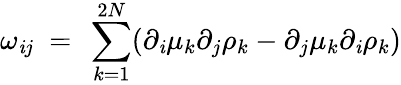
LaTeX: \omega_{\mathit{i}j}\ =\ \sum_{k=1}^{2N}(\partial_{\mathit{i}}\mu_{k}\partial_{j}\rho_{k}-\partial_{j}\mu_{k}\partial_{\mathit{i}}\rho_{k})